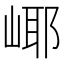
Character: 𱛹